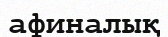
афиналық